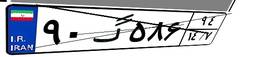
۲۸گ۰۵۴۲۲